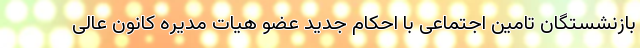
بازنشستگان تامین اجتماعی با احکام جدید عضو هیات مدیره کانون عالی